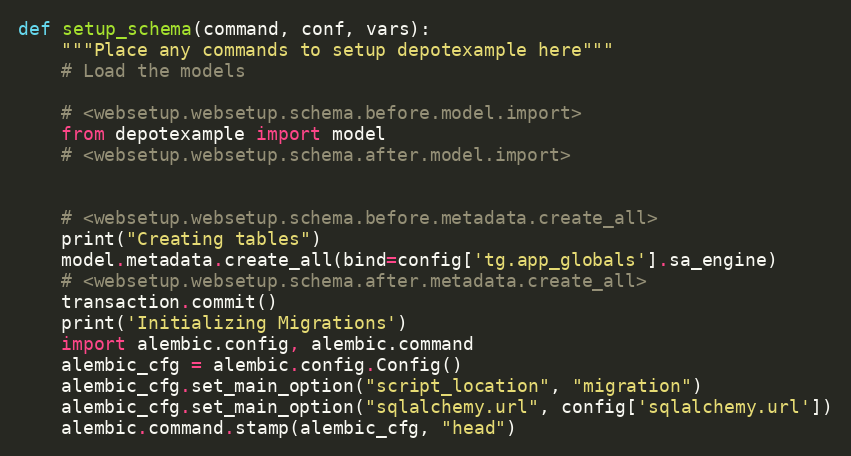
Language: Python
def setup_schema(command, conf, vars):
    """Place any commands to setup depotexample here"""
    # Load the models

    # <websetup.websetup.schema.before.model.import>
    from depotexample import model
    # <websetup.websetup.schema.after.model.import>

    # <websetup.websetup.schema.before.metadata.create_all>
    print("Creating tables")
    model.metadata.create_all(bind=config['tg.app_globals'].sa_engine)
    # <websetup.websetup.schema.after.metadata.create_all>
    transaction.commit()
    print('Initializing Migrations')
    import alembic.config, alembic.command
    alembic_cfg = alembic.config.Config()
    alembic_cfg.set_main_option("script_location", "migration")
    alembic_cfg.set_main_option("sqlalchemy.url", config['sqlalchemy.url'])
    alembic.command.stamp(alembic_cfg, "head")